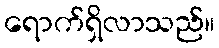
ရောက်ရှိလာသည်။